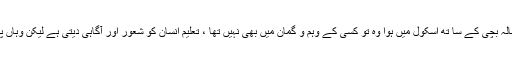
اور جو بنگلور میں ایک 6 سالہ بچی کے سا تھ اسکول میں ہوا وہ تو کسی کے وہم و گمان میں بھی نہیں تھا ، تعلیم انسان کو شعور اور آگاہی دیتی ہے لیکن وہاں پر وحشی درندے پیدا ہوگئے۔